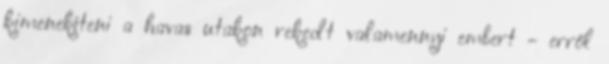
kimenekíteni a havas utakon rekedt valamennyi embert - erről